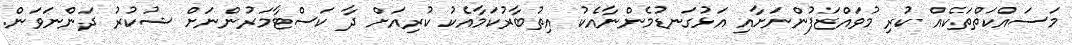
މަސައްކަތްތަކެއް ކުރި މުވައްޒަފުންނަށާއި އަޅުގަނޑުމެންނާއެކު އިތުބާރުކަމާއެކު ކުރިއަށް ދާ ކަސްޓާމަރުންނަށް ޝުކުރު ދަންނަވަން.